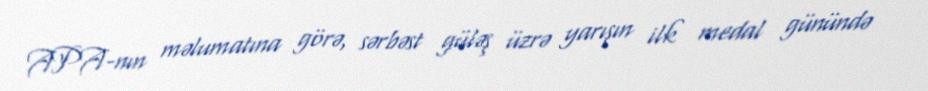
APA-nın məlumatına görə, sərbəst güləş üzrə yarışın ilk medal günündə